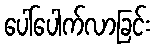
ပေါ်ပေါက်လာခြင်း